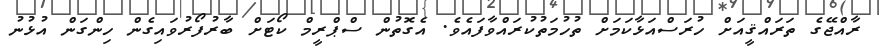
ރާއްޖޭގެ ތަރައްޤީއަށް ހުރަސްއަޅާކަމަށް ތުހުމަތުކުރައްވާފައެވެ. އެގޮތުން ސްޕްރީމް ކޯޓަށް ބާރުފޯރުވައިގެން ހިންގަން އުޅުނު